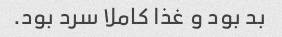
بد بود و غذا کاملا سرد بود.